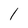
Character: l